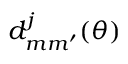
d _ { m m ^ { \prime } } ^ { j } ( \theta )